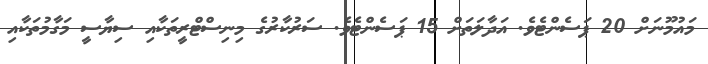
މައުމޫނަށް 20 ޕަސެންޓެވެ. އަދާލަތަށް 15 ޕަސެންޓެވެ. ސަރުކާރުގެ މިނިސްޓްރީތަކާއި ސިޔާސީ މަގާމުތަކާއި